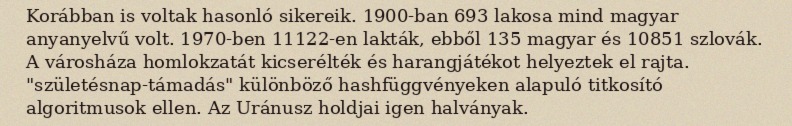
Korábban is voltak hasonló sikereik. 1900-ban 693 lakosa mind magyar anyanyelvű volt. 1970-ben 11122-en lakták, ebből 135 magyar és 10851 szlovák. A városháza homlokzatát kicserélték és harangjátékot helyeztek el rajta. "születésnap-támadás" különböző hashfüggvényeken alapuló titkosító algoritmusok ellen. Az Uránusz holdjai igen halványak.